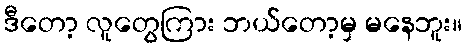
ဒီတော့ လူတွေကြား ဘယ်တော့မှ မနေဘူး။